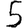
Digit: 5